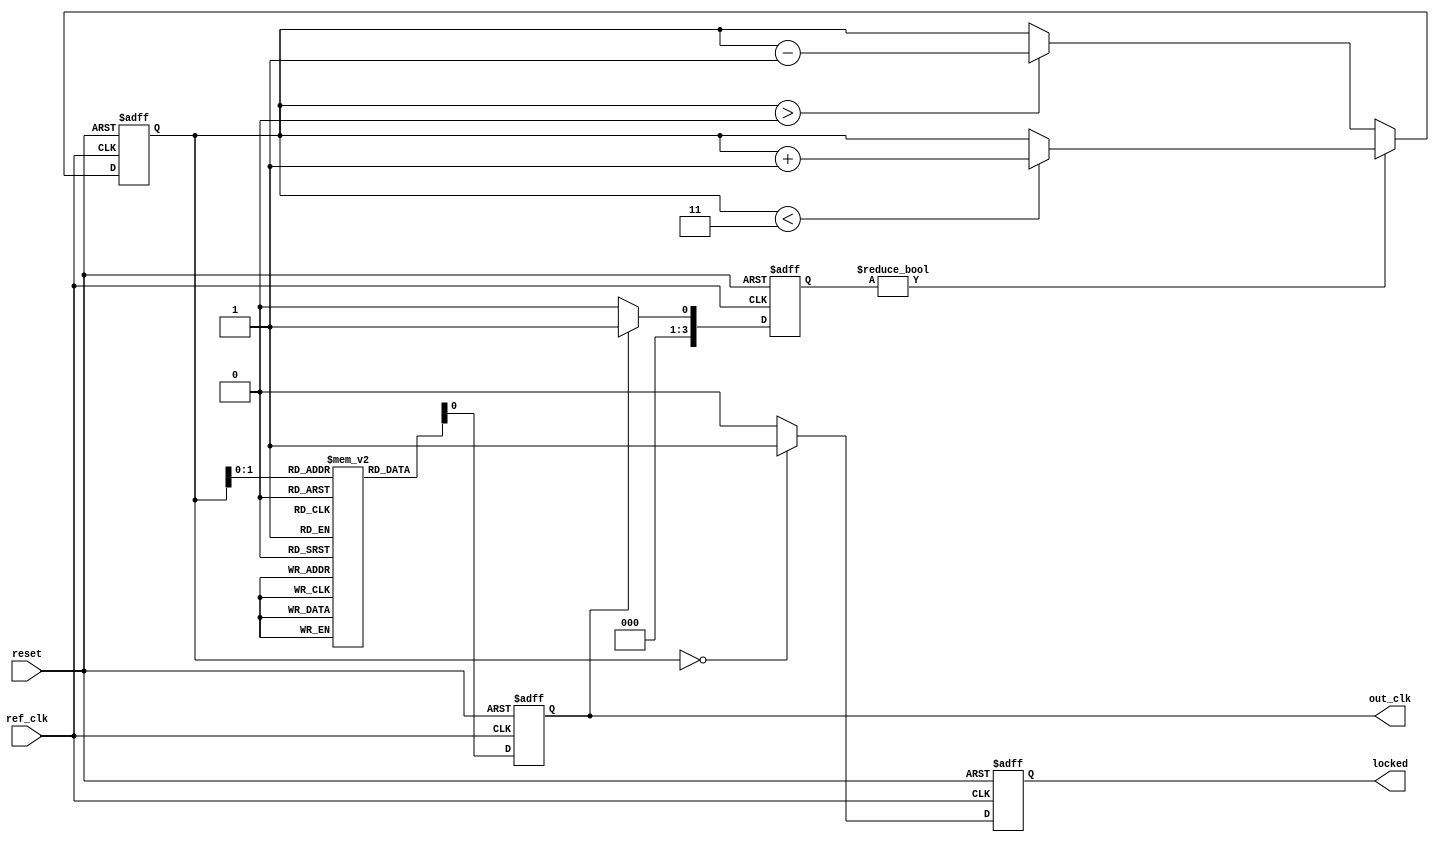
module memory_blocks_dll (
    input wire ref_clk,         // Reference clock input
    input wire reset,          // Asynchronous reset
    output reg out_clk,        // Output clock
    output reg locked          // Lock status output
);

    // Parameters
    parameter NUM_MEM_BLOCKS = 4; // Number of memory blocks in the delay line
    parameter DELAY_CYCLES = 4;    // Number of clock cycles delay per block
    reg [NUM_MEM_BLOCKS-1:0] delay_line [DELAY_CYCLES-1:0]; // Delay line memory blocks
    reg [NUM_MEM_BLOCKS-1:0] current_delay;     // Current delay setting
    reg [NUM_MEM_BLOCKS-1:0] error_signal;       // Phase detection error signal

    // Phase Detector: Compares reference clock with output clock
    always @(posedge ref_clk or posedge reset) begin
        if (reset) begin
            error_signal <= 0;
        end else begin
            // Simple phase comparison (assuming out_clk is generated correctly)
            if (out_clk) begin
                error_signal <= 1; // Output clock is leading
            end else begin
                error_signal <= 0; // Output clock is lagging
            end
        end
    end
    
    // Control Circuit: Adjusts delay settings based on error signal
    always @(posedge ref_clk or posedge reset) begin
        if (reset) begin
            current_delay <= 0; // Reset delay
            locked <= 0;        // Not locked
        end else begin
            // Incremental or decremental adjustment based on error signal
            if (error_signal) begin
                if (current_delay < NUM_MEM_BLOCKS - 1)
                    current_delay <= current_delay + 1; // Increment delay
            end else begin
                if (current_delay > 0)
                    current_delay <= current_delay - 1; // Decrement delay
            end
            
            // Lock detection logic
            if(current_delay == 0) 
                locked <= 1; // DLL locked when no delay is needed
            else 
                locked <= 0; // DLL not locked
        end
    end

    // Delay Line: Generate output clock based on the current delay setting
    always @(posedge ref_clk or posedge reset) begin
        if (reset) begin
            out_clk <= 0; // Reset output clock
        end else begin
            // Introduce delay according to the current setting
            out_clk <= delay_line[current_delay]; // Select delay based on current delay setting
        end
    end

    // Output Buffer: Buffers the output clock
    // Note: This is a placeholder for output buffering, implement as needed
    always @(posedge out_clk) begin
        // Buffering logic for signal integrity can be implemented here
    end

endmodule